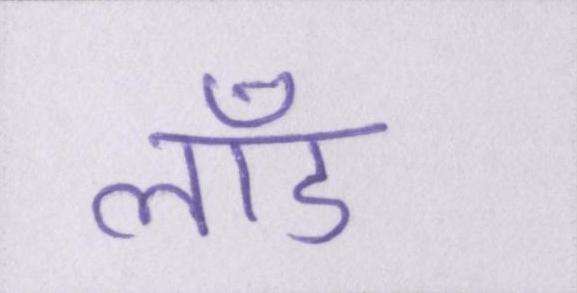
लॉड